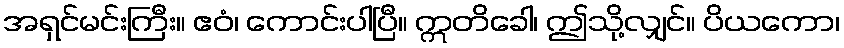
အရှင်မင်းကြီး။ ဧဝံ၊ ကောင်းပါပြီ။ ဣတိခေါ၊ ဤသို့လျှင်။ ပိယကော၊